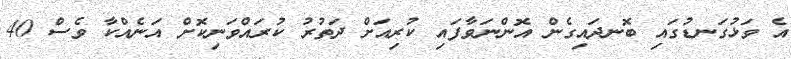
އެ ވަޅުގަނޑުގައި ބޮނދައިގެން އޮންނަވާފައި ކުރިއަށް ދަތުރު ކުރައްވަނިކޮށް އަނެއްކާ ވެސް 40